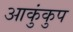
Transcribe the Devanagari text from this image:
आकुंकुप